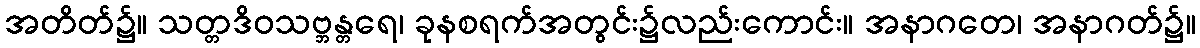
အတိတ်၌။ သတ္တဒိဝသဗ္ဘန္တရေ၊ ခုနစရက်အတွင်း၌လည်းကောင်း။ အနာဂတေ၊ အနာဂတ်၌။